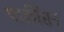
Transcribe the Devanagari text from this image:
पार्कीसन